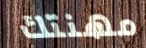
مهنتك